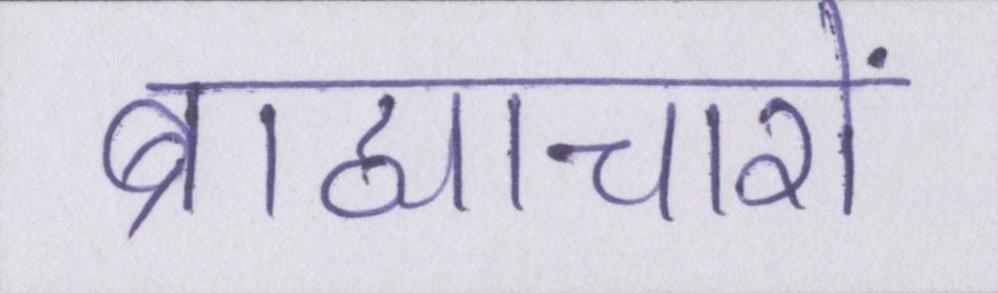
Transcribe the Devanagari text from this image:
ब्राह्याचारों